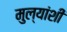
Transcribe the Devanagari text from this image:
मुल्यांशी